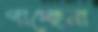
পাচ্ছেনা